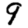
Digit: 9